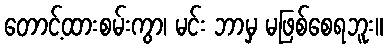
တောင့်ထားစမ်းကွာ၊ မင်း ဘာမှ မဖြစ်စေရဘူး။